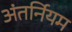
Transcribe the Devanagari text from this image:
अंतर्नियम